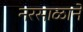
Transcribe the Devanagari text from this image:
नरसाळाने